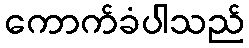
ကောက်ခံပါသည်